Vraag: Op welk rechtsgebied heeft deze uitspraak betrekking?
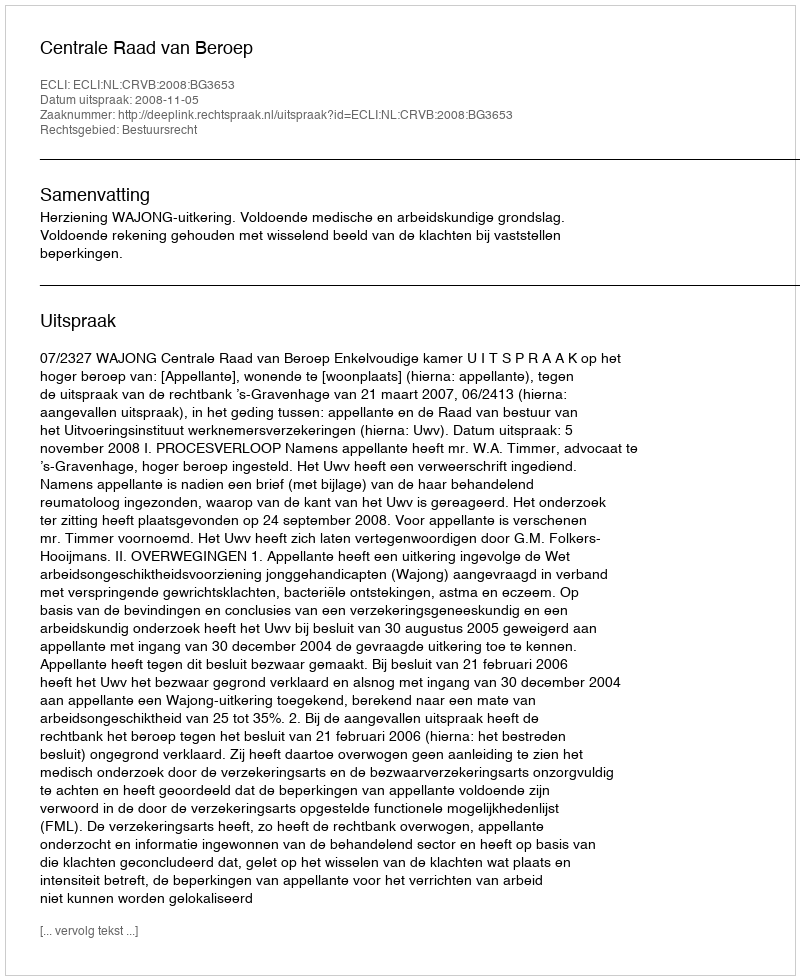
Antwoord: Bestuursrecht